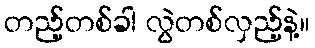
တည့်တစ်ခါ လွဲတစ်လှည့်နဲ့။